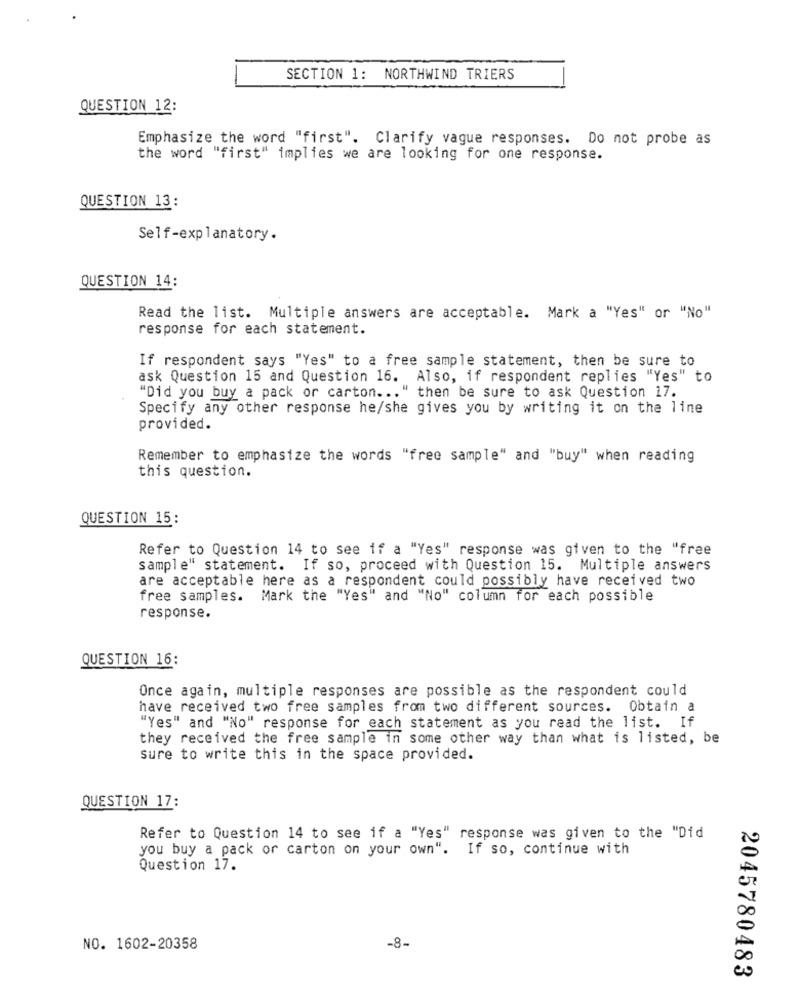
SECTION 1: NORTHWIND TRIERS
QUESTION 12:
Emphasize the word "first". Clarify vague responses. Do not probe as
the word "first" implies we are looking for one response.
QUESTION 13:
Self-explanatory.
QUESTION 14:
Read the list. Multiple answers are acceptable. Mark a "Yes" or "No"
response for each statement.
If respondent says "Yes" to a free sample statement, then be sure to
ask Question 15 and Question 16. Also, if respondent replies "Yes" to
"Did you buy a pack or carton ... " then be sure to ask Question 17.
Specify any other response he/she gives you by writing it on the line
provided.
Remember to emphasize the words "free sample" and "buy" when reading
this question.
QUESTION 15:
Refer to Question 14 to see if a "Yes" response was given to the "free
sample" statement. If so, proceed with Question 15. Multiple answers
are acceptable here as a respondent could possibly have received two
free samples. Mark the "Yes" and "No" column for each possible
response.
QUESTION 16:
Once again, multiple responses are possible as the respondent could
have received two free samples from two different sources. Obtain a
"Yes" and "No" response for each statement as you read the list. If
they received the free sample in some other way than what is listed, be
sure to write this in the space provided.
QUESTION 17:
Refer to Question 14 to see if a "Yes" response was given to the "Did
you buy a pack or carton on your own". If so, continue with
Question 17.
NO. 1602-20358
-8-
2045780483